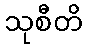
သုစီတိ